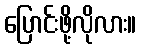
ပြောင်းဖို့လိုလား။